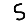
Digit: 5